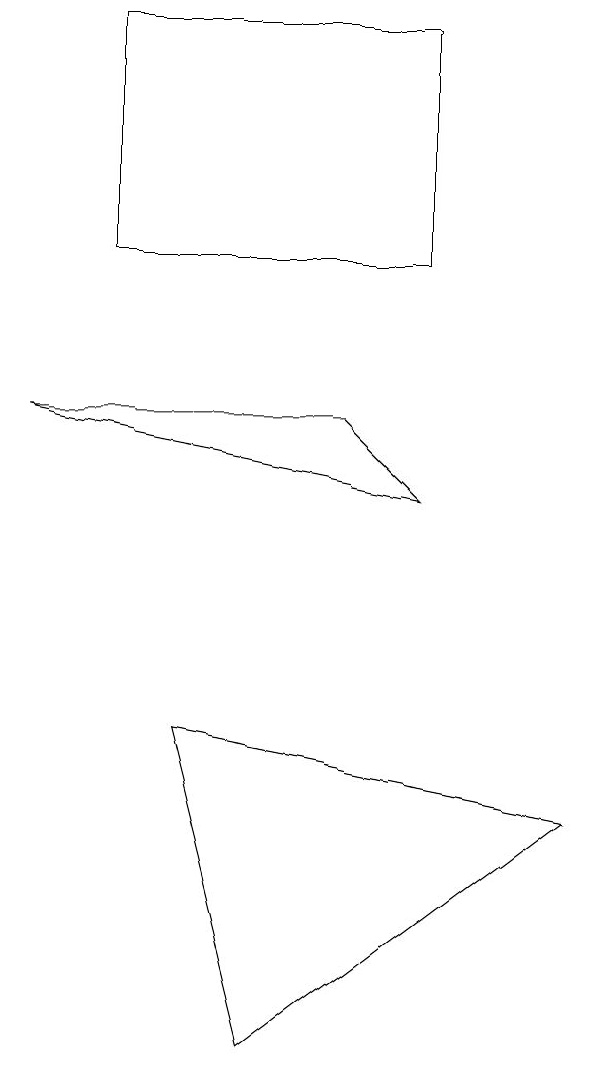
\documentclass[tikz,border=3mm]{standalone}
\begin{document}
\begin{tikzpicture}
\draw (2,8) -- (6,8) -- (7,7) -- cycle;
\draw (7,10) rectangle (3,13);
\draw (5,0) -- (9,3) -- (4,4) -- cycle;
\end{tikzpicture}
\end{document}